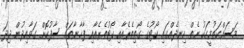
މަސައްކަތުމީހަކު ނެތް ހިނދެއްގައި ކޯޓުގެ ގޯތިތެރެއާއި ކޯޓުތެރެއާއި ފާޚާނާތައް ސާފުކޮށް ގަވާއިދުން ދިދަ